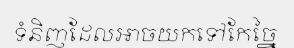
ទំនិញដែលអាចយកទៅកែច្នៃ